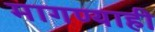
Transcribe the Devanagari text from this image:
मागण्याही